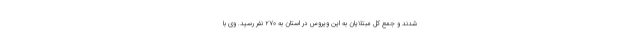
شدند و جمع کل مبتلایان به این ویروس در استان به ۲۷۰ نفر رسید. وی با